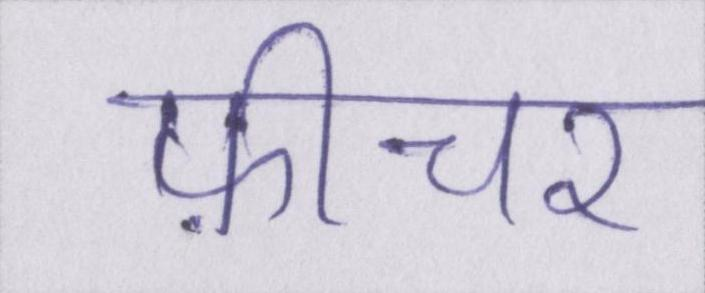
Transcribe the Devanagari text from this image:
फ़ीचर